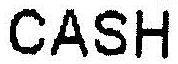
CASH